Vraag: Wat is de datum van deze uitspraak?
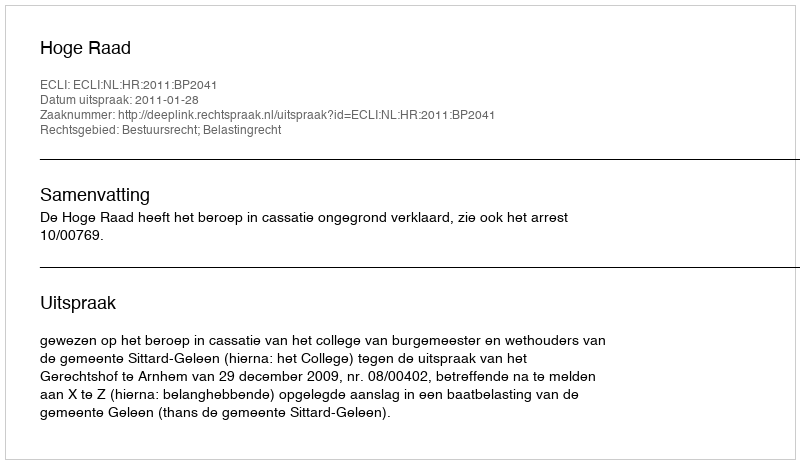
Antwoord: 2011-01-28